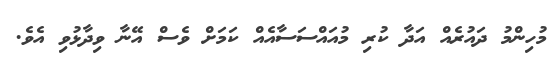
މުހިންމު ދައުރެއް އަދާ ކުރި މުއައްސަސާއެއް ކަމަށް ވެސް އޭނާ ވިދާޅުވި އެވެ.